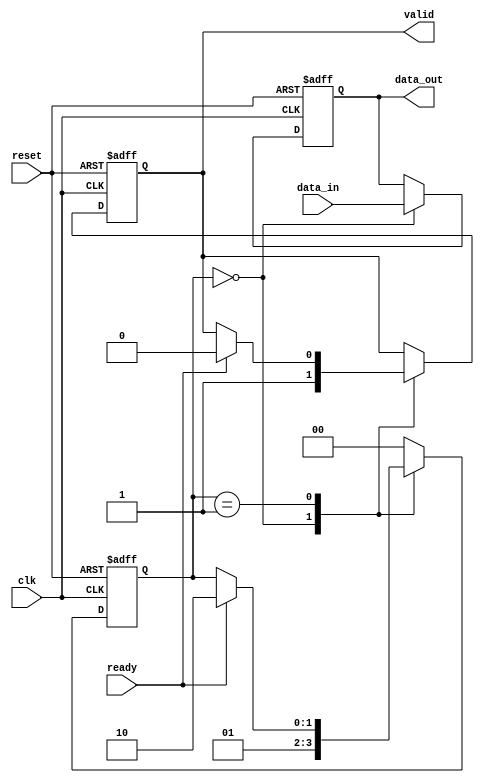
module ready_valid_handshake (
    input wire clk,          // Clock signal
    input wire reset,        // Reset signal
    input wire [7:0] data_in, // Data input from producer
    output reg [7:0] data_out, // Data output to consumer
    output reg valid,        // Valid signal from producer
    input wire ready         // Ready signal from consumer
);

// State definitions for the producer
reg [1:0] state; // 0: Idle, 1: Data Valid, 2: Data Acknowledged
parameter IDLE = 2'b00, VALID = 2'b01, ACK = 2'b10;

// Producer logic
always @(posedge clk or posedge reset) begin
    if (reset) begin
        state <= IDLE;
        valid <= 0;
        data_out <= 8'b0;
    end else begin
        case (state)
            IDLE: begin
                // Place valid data on the data bus
                data_out <= data_in;
                valid <= 1; // Assert valid
                state <= VALID;
            end
            
            VALID: begin
                if (ready) begin
                    // Consumer is ready, acknowledge data
                    valid <= 0; // Deassert valid
                    state <= ACK;
                end
            end
            
            ACK: begin
                // Wait for the consumer to process the data
                state <= IDLE; // Go back to idle state
            end
            
            default: state <= IDLE; // Default to IDLE
        endcase
    end
end

endmodule